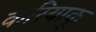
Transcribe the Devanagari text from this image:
करियाकू